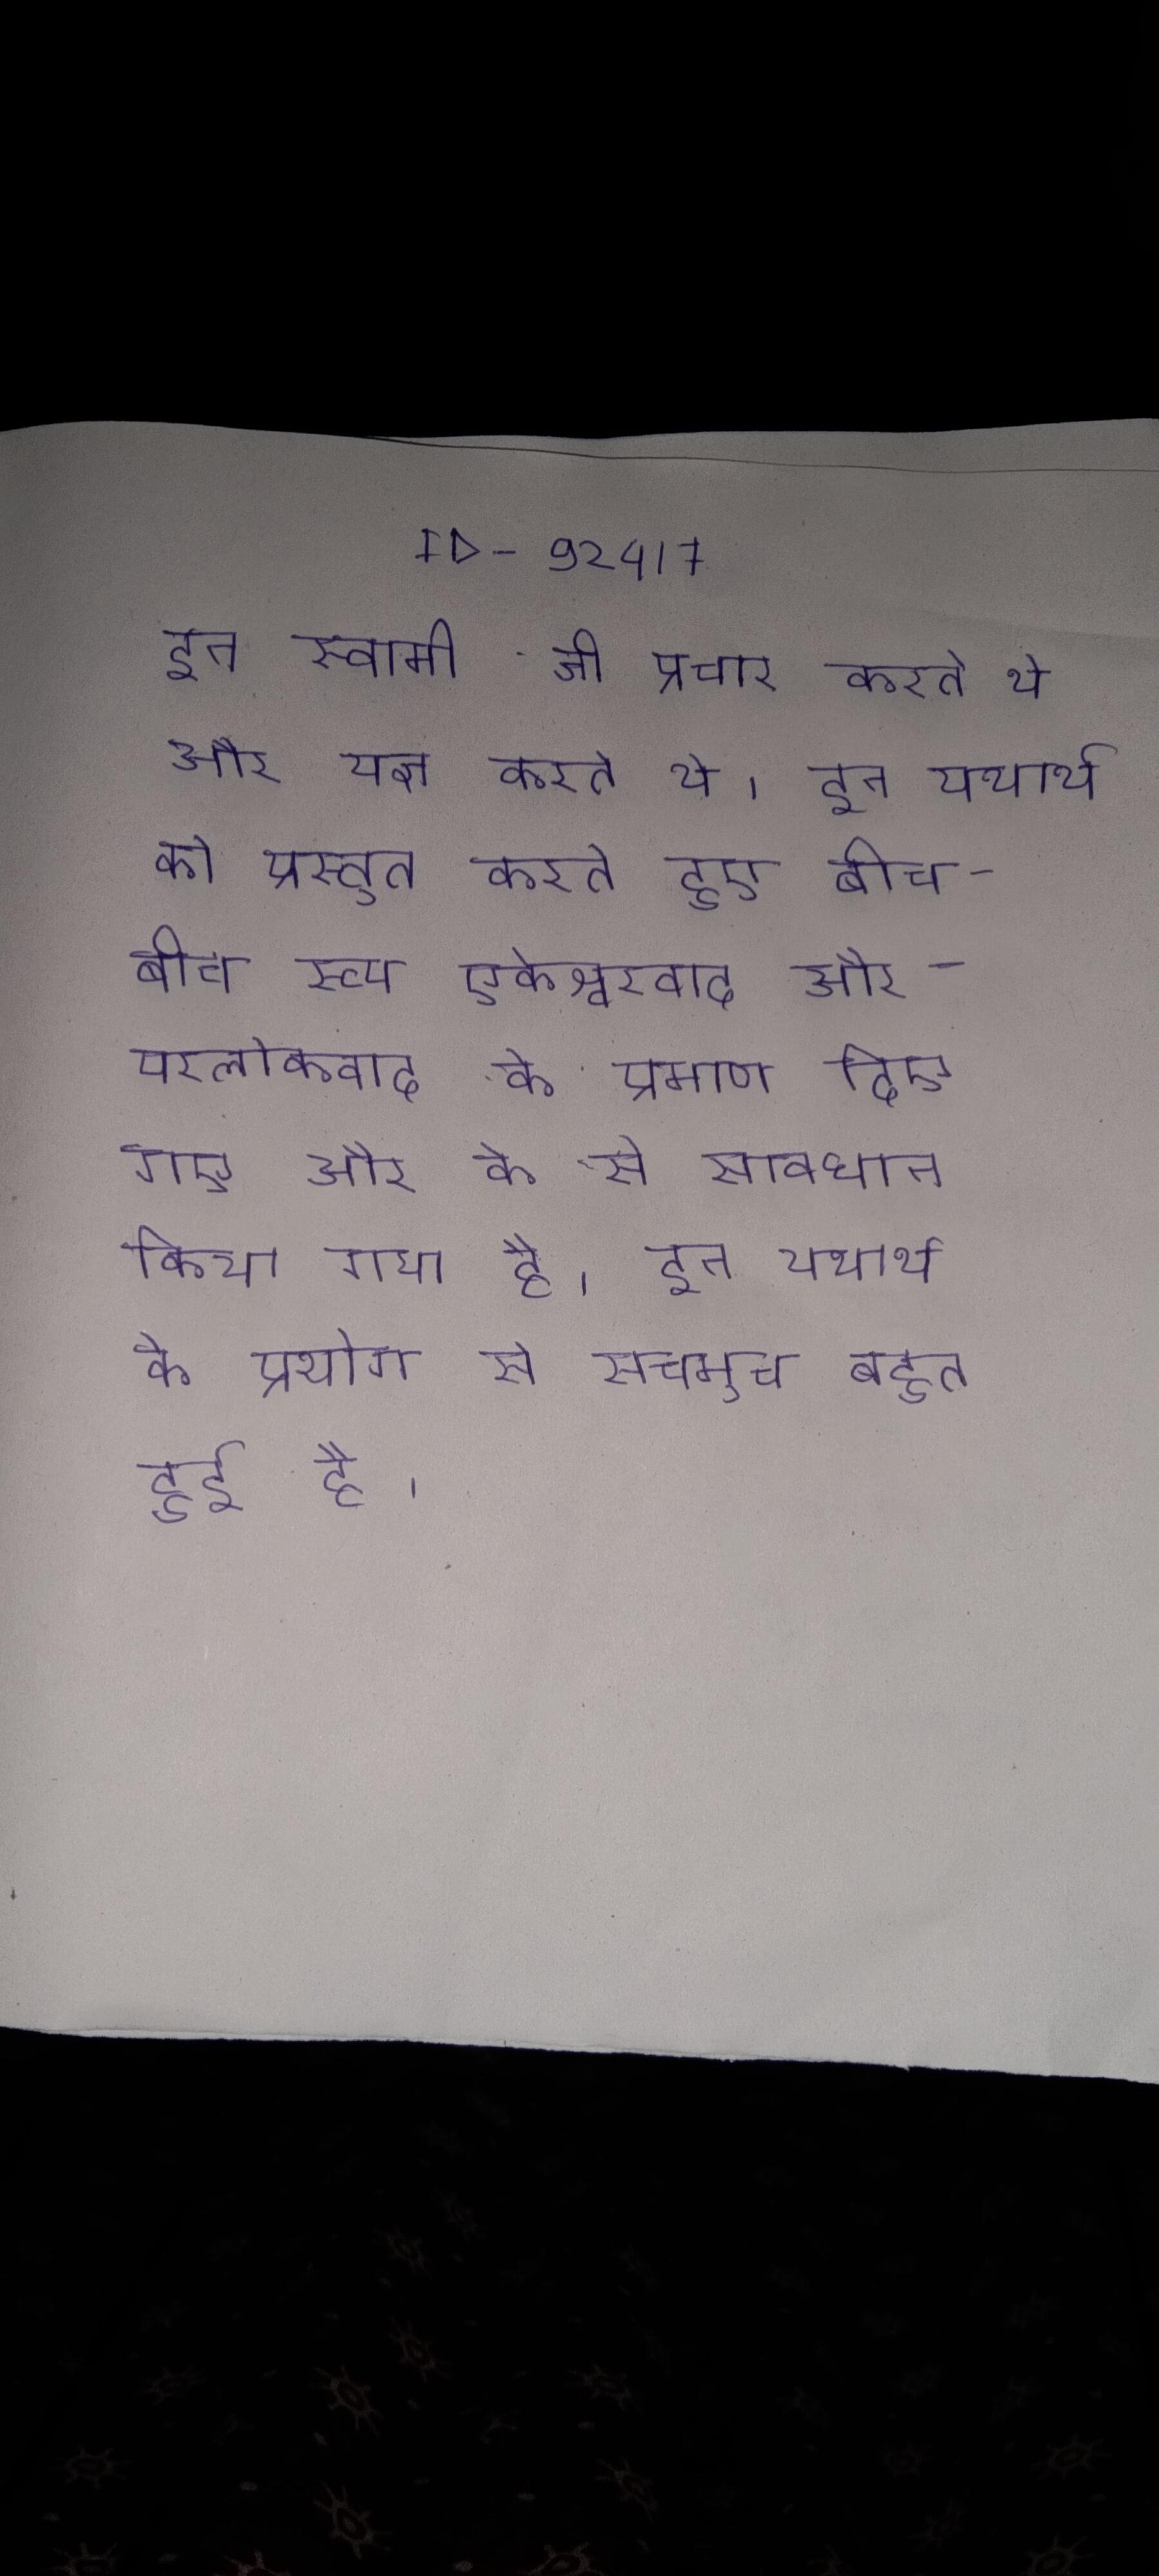
इन स्वामी जी प्रचार करते थे और यज्ञ करते थे । इन यथार्थ को प्रस्तुत करते हुए बीच - बीच रूप एकेश्वरवाद और परलोकवाद के प्रमाण दिए गए और के से सावधान किया गया है । इन यथार्थ के प्रयोग से सचमुच बहुत हुई है ।